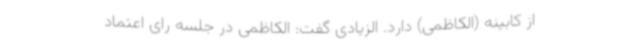
از کابینه (الکاظمی) دارد. الزیادی گفت: الکاظمی در جلسه رای اعتماد